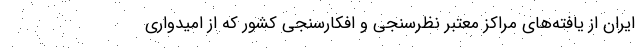
ایران از یافته‌های مراکز معتبر نظرسنجی و افکارسنجی کشور که از امیدواری